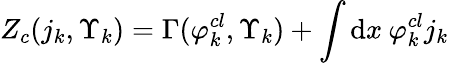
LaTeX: Z_{c}(j_{k},\Upsilon_{k})=\Gamma(\varphi_{k}^{cl},\Upsilon_{k})+\int\mathrm{d}x\: \varphi_{k}^{cl}j_{k}